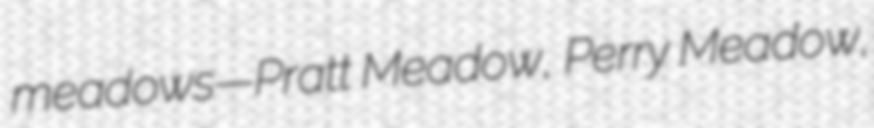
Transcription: meadows—Pratt Meadow, Perry Meadow,